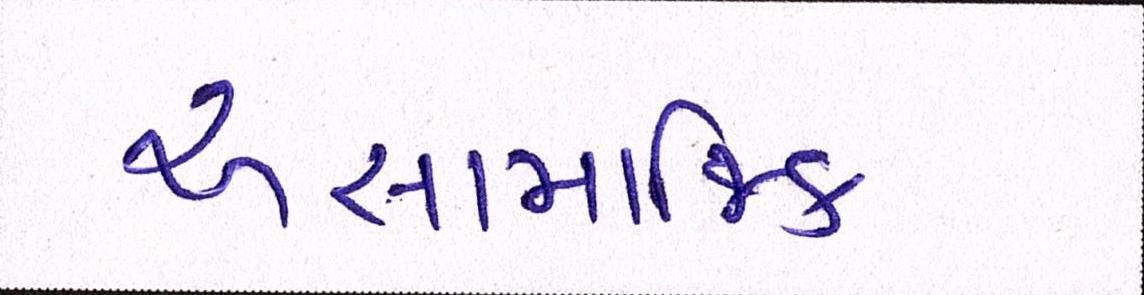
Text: અસામાજિક